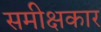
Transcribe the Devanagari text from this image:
समीक्षकार